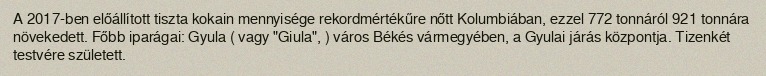
A 2017-ben előállított tiszta kokain mennyisége rekordmértékűre nőtt Kolumbiában, ezzel 772 tonnáról 921 tonnára növekedett. Főbb iparágai: Gyula ( vagy "Giula", ) város Békés vármegyében, a Gyulai járás központja. Tizenkét testvére született.